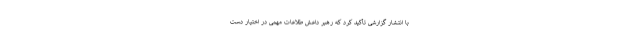
با انتشار گزارشی تأکید کرد که رهبر داعش طلاعات مهمی در اختیار دست